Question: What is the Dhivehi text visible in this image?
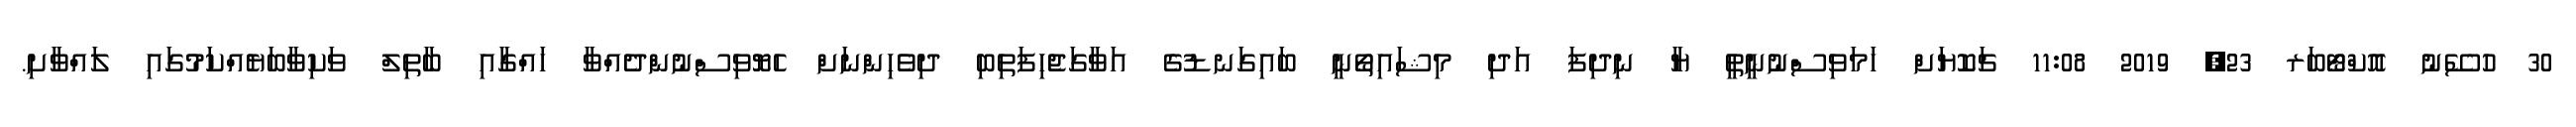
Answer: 30 ހުސޭނު އޮކްޓޯބަރ 23, 2019 11:08 ޗަކޮޔަށް ހަމަވިސްނުނީތީ ޔާ ނިދިފަ އަދި މިޝައިތޯނީ ބައިގަނޑުގެ އަވާގަޖެހިފަތިބި ދިވެހިންނަށް ހެޔޮވިސްނުންދެއްވާ ހައްގާއި ބާތިލް ވަކިވާބަޔެއްކަމުގައި ލައްވާށި.